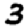
Digit: 3